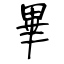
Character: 畢